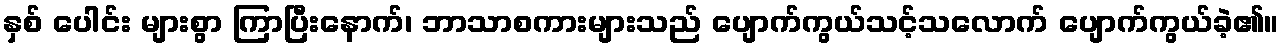
နှစ် ပေါင်း များစွာ ကြာပြီးနောက်၊ ဘာသာစကားများသည် ပျောက်ကွယ်သင့်သလောက် ပျောက်ကွယ်ခဲ့၏။